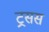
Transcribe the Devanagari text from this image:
ट्रसस